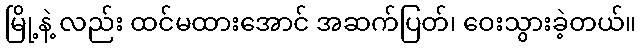
မြို့နဲ့ လည်း ထင်မထားအောင် အဆက်ပြတ်၊ ဝေးသွားခဲ့တယ်။